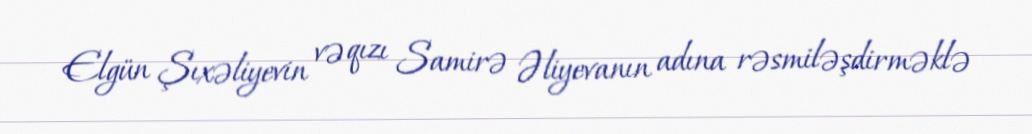
Elgün Şıxəliyevin və qızı Samirə Əliyevanın adına rəsmiləşdirməklə